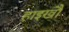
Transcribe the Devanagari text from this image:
हाइखौ